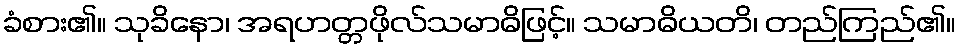
ခံစား၏။ သုခိနော၊ အရဟတ္တဖိုလ်သမာဓိဖြင့်။ သမာဓိယတိ၊ တည်ကြည်၏။